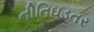
નીતિઘડતર